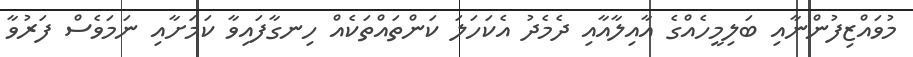
މުވައްޒިފުންނާއި ބަލިމީހެއްގެ އާއިލާއާއި ދެމެދު އެކަހަލަ ކަންތައްތަކެއް ހިނގާފައިވާ ކަމަށާއި ނަމަވެސް ފަރުވާ